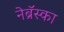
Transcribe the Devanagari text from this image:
नेब्रॅस्का